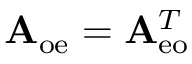
\mathbf { A } _ { \mathrm { o e } } = \mathbf { A } _ { \mathrm { e o } } ^ { T }